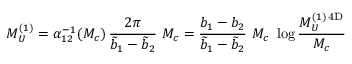
M _ { U } ^ { ( 1 ) } = \alpha _ { 1 2 } ^ { - 1 } ( M _ { c } ) \, \frac { 2 \pi } { \widetilde { b } _ { 1 } - \widetilde { b } _ { 2 } } \ M _ { c } = \frac { b _ { 1 } - b _ { 2 } } { \widetilde { b } _ { 1 } - \widetilde { b } _ { 2 } } \ M _ { c } \ \log \frac { M _ { U } ^ { ( 1 ) \, \mathrm { 4 D } } } { M _ { c } }